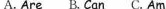
A. Are B. Can C. Am